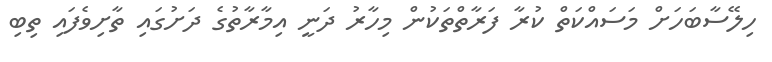
ހިލޭސާބަހަށް މަސަައްކަތް ކުރާ ފަރާތްތަކުން މިހާރު ދަނީ އިމާރާތުގެ ދަށުގައި ތާށިވެފައިި ތިބި